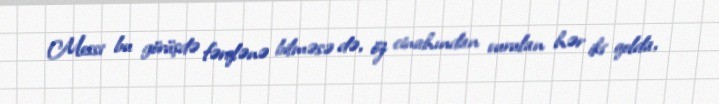
Messi bu görüşdə fərqlənə bilməsə də, öz cinahından vurulan hər iki qolda,